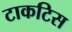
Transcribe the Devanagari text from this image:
टाकटिस